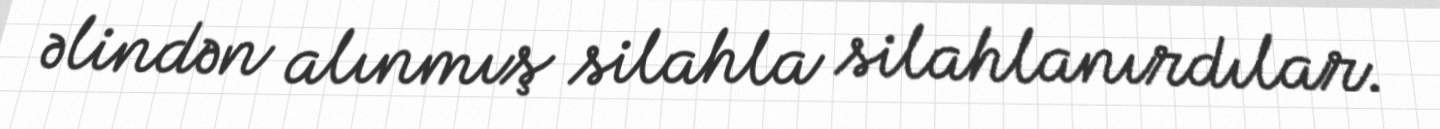
əlindən alınmış silahla silahlanırdılar.